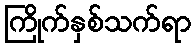
ကြိုက်နှစ်သက်ရာ